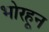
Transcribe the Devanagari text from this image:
भोरहून